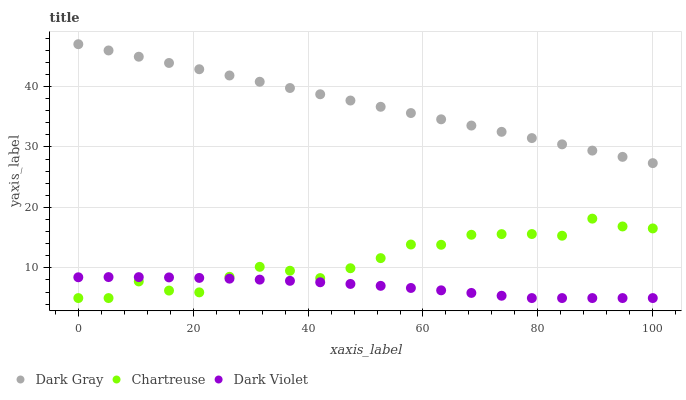
| xaxis_label | Dark Gray | Chartreuse | Dark Violet |
 | --- | --- | --- | --- |
 | 0 | 47 | 5 | 8.44 |
 | 5.26 | 46 | 5 | 8.47 |
 | 10.5 | 44.9 | 7.75 | 8.46 |
 | 15.8 | 43.9 | 6.24 | 8.42 |
 | 21.1 | 42.9 | 5.94 | 8.33 |
 | 26.3 | 41.8 | 8.52 | 8.21 |
 | 31.6 | 40.8 | 10.2 | 8.05 |
 | 36.8 | 39.8 | 9.52 | 7.85 |
 | 42.1 | 38.7 | 8.31 | 7.61 |
 | 47.4 | 37.7 | 9.94 | 7.34 |
 | 52.6 | 36.6 | 11.6 | 7.02 |
 | 57.9 | 35.6 | 13.9 | 6.67 |
 | 63.2 | 34.6 | 13.8 | 6.28 |
 | 68.4 | 33.5 | 15.5 | 5.85 |
 | 73.7 | 32.5 | 15.6 | 5.38 |
 | 78.9 | 31.5 | 15.6 | 5 |
 | 84.2 | 30.4 | 15.3 | 5 |
 | 89.5 | 29.4 | 18.1 | 5 |
 | 94.7 | 28.4 | 16.8 | 5 |
 | 100 | 27.3 | 16.5 | 5 |